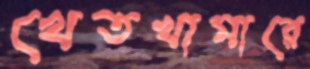
খেতখামারে